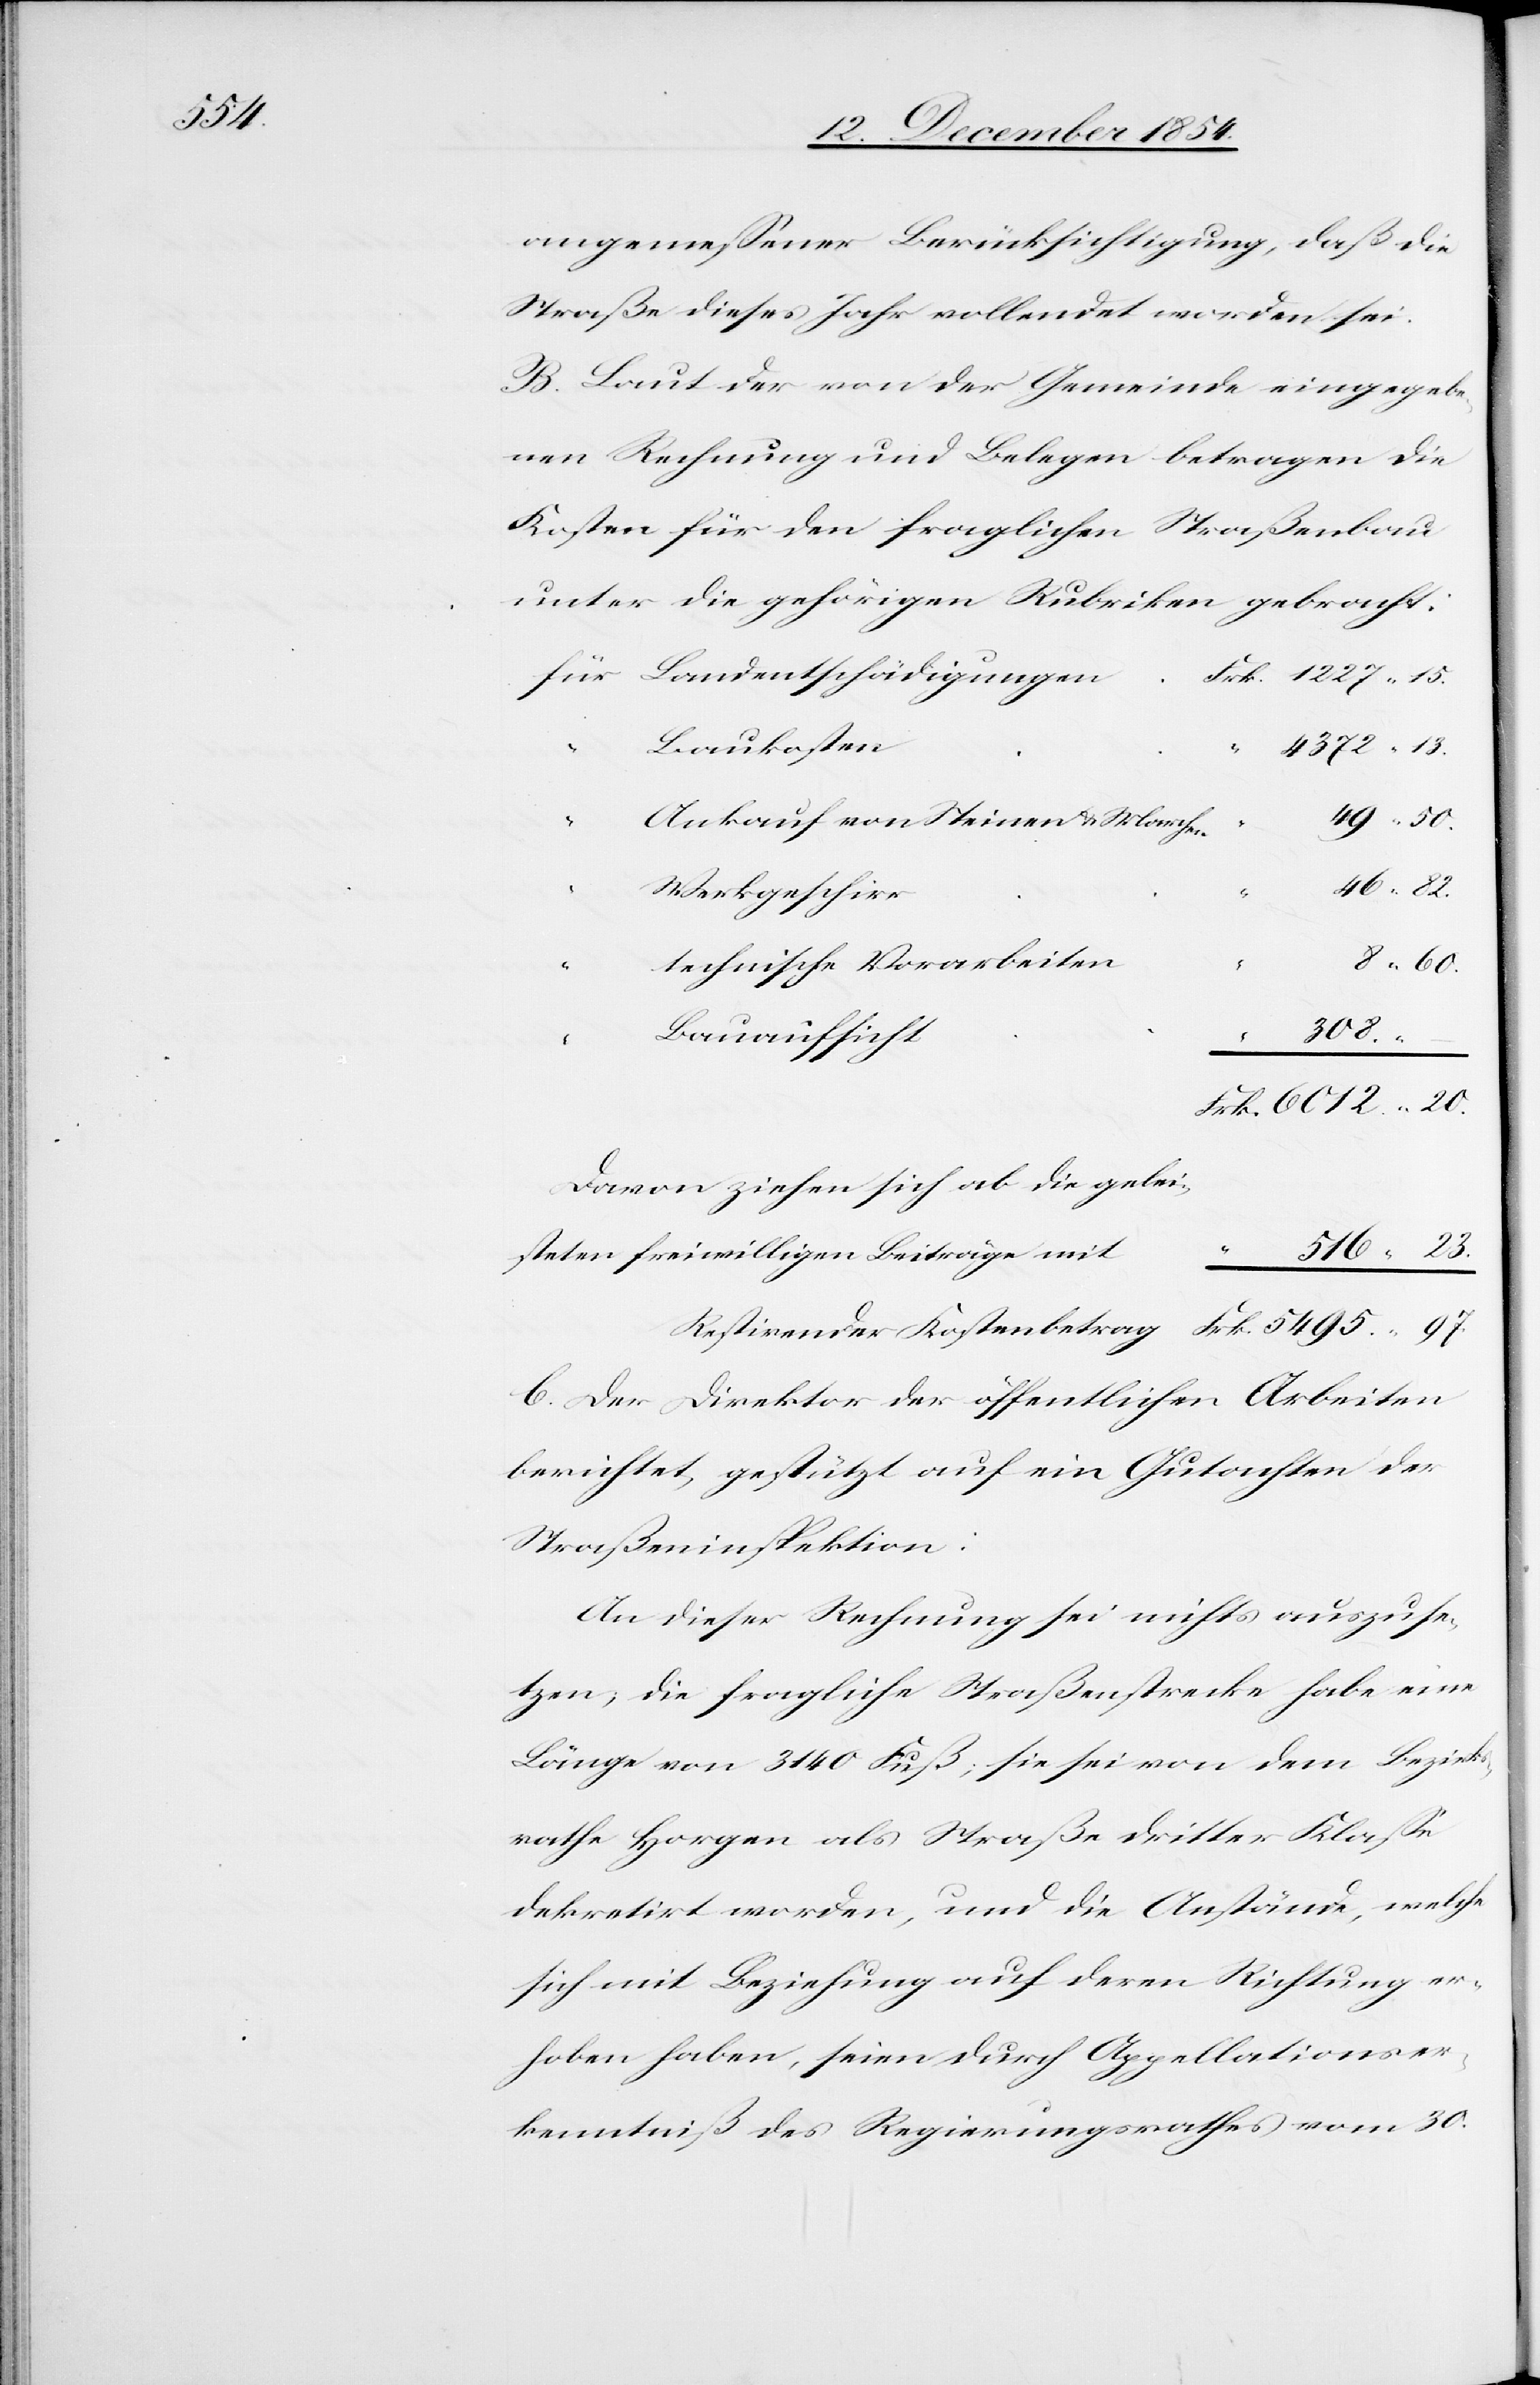
angemeßener Berücksichtigung, daß die
Straße dieses Jahr vollendet worden sei.
B. Laut der von der Gemeinde eingegebe¬
nen Rechnung und Belegen betragen die
Kosten für den fraglichen Straßenbau
unter die gehörigen Rubriken gebracht:
Landentschädigungen
Baukosten
“
4372. 13.
49. 50.
Ankauf von Steinen u. Marchen
Frk.
46. 82.
Werkgeschirr
8. 60.
technische Vorarbeiten
Bauaufsicht
20.
–
Davon ziehen sich ab die gelei¬
“
5495. 97.
steten freiwilligen Beiträge mit
tirender
C. Der Direktor der öffentlichen Arbeiten
berichtet, gestützt auf ein Gutachten der
Straßeninspektion:
An dieser Rechnung sei nichts auszuse¬
tzen; die fragliche Straßenstrecke habe eine
Länge von 3140 Fuß; sie sei von dem Bezirks¬
rathe Horgen als Straße dritter Klaße
dekretirt worden, und die Anstände, welche
sich mit Beziehung auf deren Richtung er¬
hoben haben, seien durch Appellationser¬
kenntniß des Regierungsrathes vom 30.